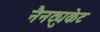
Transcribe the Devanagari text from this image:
नैनट्युकेट